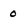
Character: 0